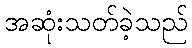
အဆုံးသတ်ခဲ့သည်